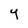
Character: y